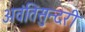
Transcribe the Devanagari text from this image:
अवंतिसुन्दरी